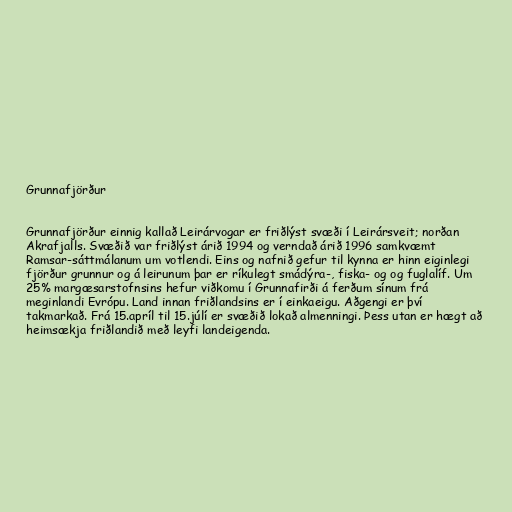
Grunnafjörður

Grunnafjörður einnig kallað Leirárvogar er friðlýst svæði í Leirársveit; norðan
Akrafjalls. Svæðið var friðlýst árið 1994 og verndað árið 1996 samkvæmt
Ramsar-sáttmálanum um votlendi. Eins og nafnið gefur til kynna er hinn eiginlegi
fjörður grunnur og á leirunum þar er ríkulegt smádýra-, fiska- og og fuglalíf. Um
25% margæsarstofnsins hefur viðkomu í Grunnafirði á ferðum sínum frá
meginlandi Evrópu. Land innan friðlandsins er í einkaeigu. Aðgengi er því
takmarkað. Frá 15.apríl til 15.júlí er svæðið lokað almenningi. Þess utan er hægt að
heimsækja friðlandið með leyfi landeigenda.